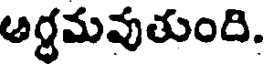
అగ్ధమవుతుంది.